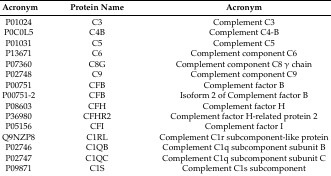
<table><thead><tr><td><b>Acronym</b></td><td><b>Protein Name</b></td><td><b>Acronym</b></td></tr></thead><tbody><tr><td>P01024</td><td>C3</td><td>Complement C3</td></tr><tr><td>P0C0L5</td><td>C4B</td><td>Complement C4-B</td></tr><tr><td>P01031</td><td>C5</td><td>Complement C5</td></tr><tr><td>P13671</td><td>C6</td><td>Complement component C6</td></tr><tr><td>P07360</td><td>C8G</td><td>Complement component C8 γ chain</td></tr><tr><td>P02748</td><td>C9</td><td>Complement component C9</td></tr><tr><td>P00751</td><td>CFB</td><td>Complement factor B</td></tr><tr><td>P00751-2</td><td>CFB</td><td>Isoform 2 of Complement factor B</td></tr><tr><td>P08603</td><td>CFH</td><td>Complement factor H</td></tr><tr><td>P36980</td><td>CFHR2</td><td>Complement factor H-related protein 2</td></tr><tr><td>P05156</td><td>CFI</td><td>Complement factor I</td></tr><tr><td>Q9NZP8</td><td>C1RL</td><td>Complement C1r subcomponent-like protein</td></tr><tr><td>P02746</td><td>C1QB</td><td>Complement C1q subcomponent subunit B</td></tr><tr><td>P02747</td><td>C1QC</td><td>Complement C1q subcomponent subunit C</td></tr><tr><td>P09871</td><td>C1S</td><td>Complement C1s subcomponent</td></tr></tbody></table>